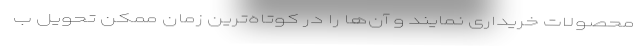
محصولات خریداری نمایند و آن‌ها را در کوتاه‌ترین زمان ممکن تحویل ب